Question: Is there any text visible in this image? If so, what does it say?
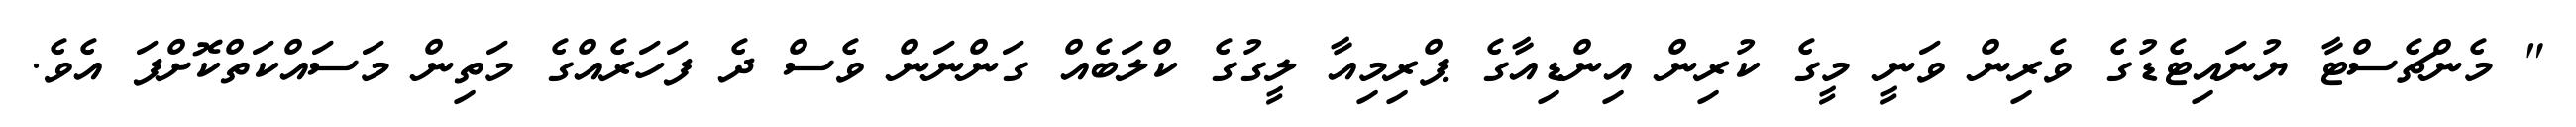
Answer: " މެންޗެސްޓާ ޔުނައިޓެޑުގެ ވެރިން ވަނީ މީގެ ކުރިން އިންޑިއާގެ ޕްރިމިއާ ލީގުގެ ކްލަބެއް ގަންނަން ވެސް ދެ ފަހަރެއްގެ މަތިން މަސައްކަތްކޮށްފަ އެވެ.